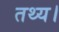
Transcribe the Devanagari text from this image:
तथ्य।